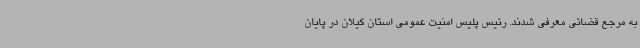
به مرجع قضائی معرفی شدند. رئیس پلیس امنیت عمومی استان گیلان در پایان